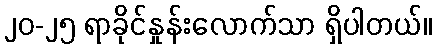
၂၀-၂၅ ရာခိုင်နှုန်းလောက်သာ ရှိပါတယ်။